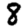
Digit: 8